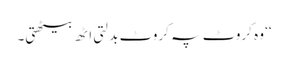
‘‘ وہ کروٹ پہ کروٹ بدلتی اٹھ بیٹھتی۔